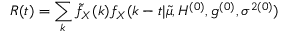
R ( t ) = \sum _ { k } \tilde { f } _ { X } ( k ) f _ { X } ( k - t | \tilde { \mu } , H ^ { ( 0 ) } , g ^ { ( 0 ) } , \sigma ^ { 2 ( 0 ) } )